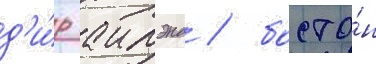
д'и́р аилэнд / босто́н